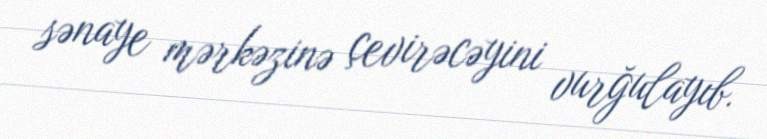
sənaye mərkəzinə çevirəcəyini vurğulayıb.